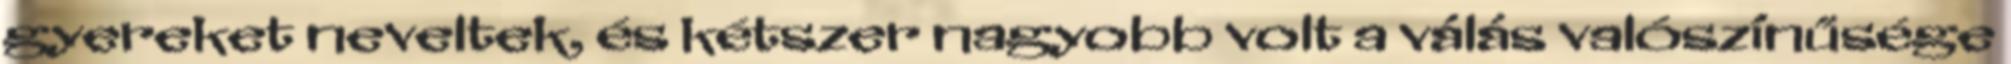
gyereket neveltek, és kétszer nagyobb volt a válás valószínűsége